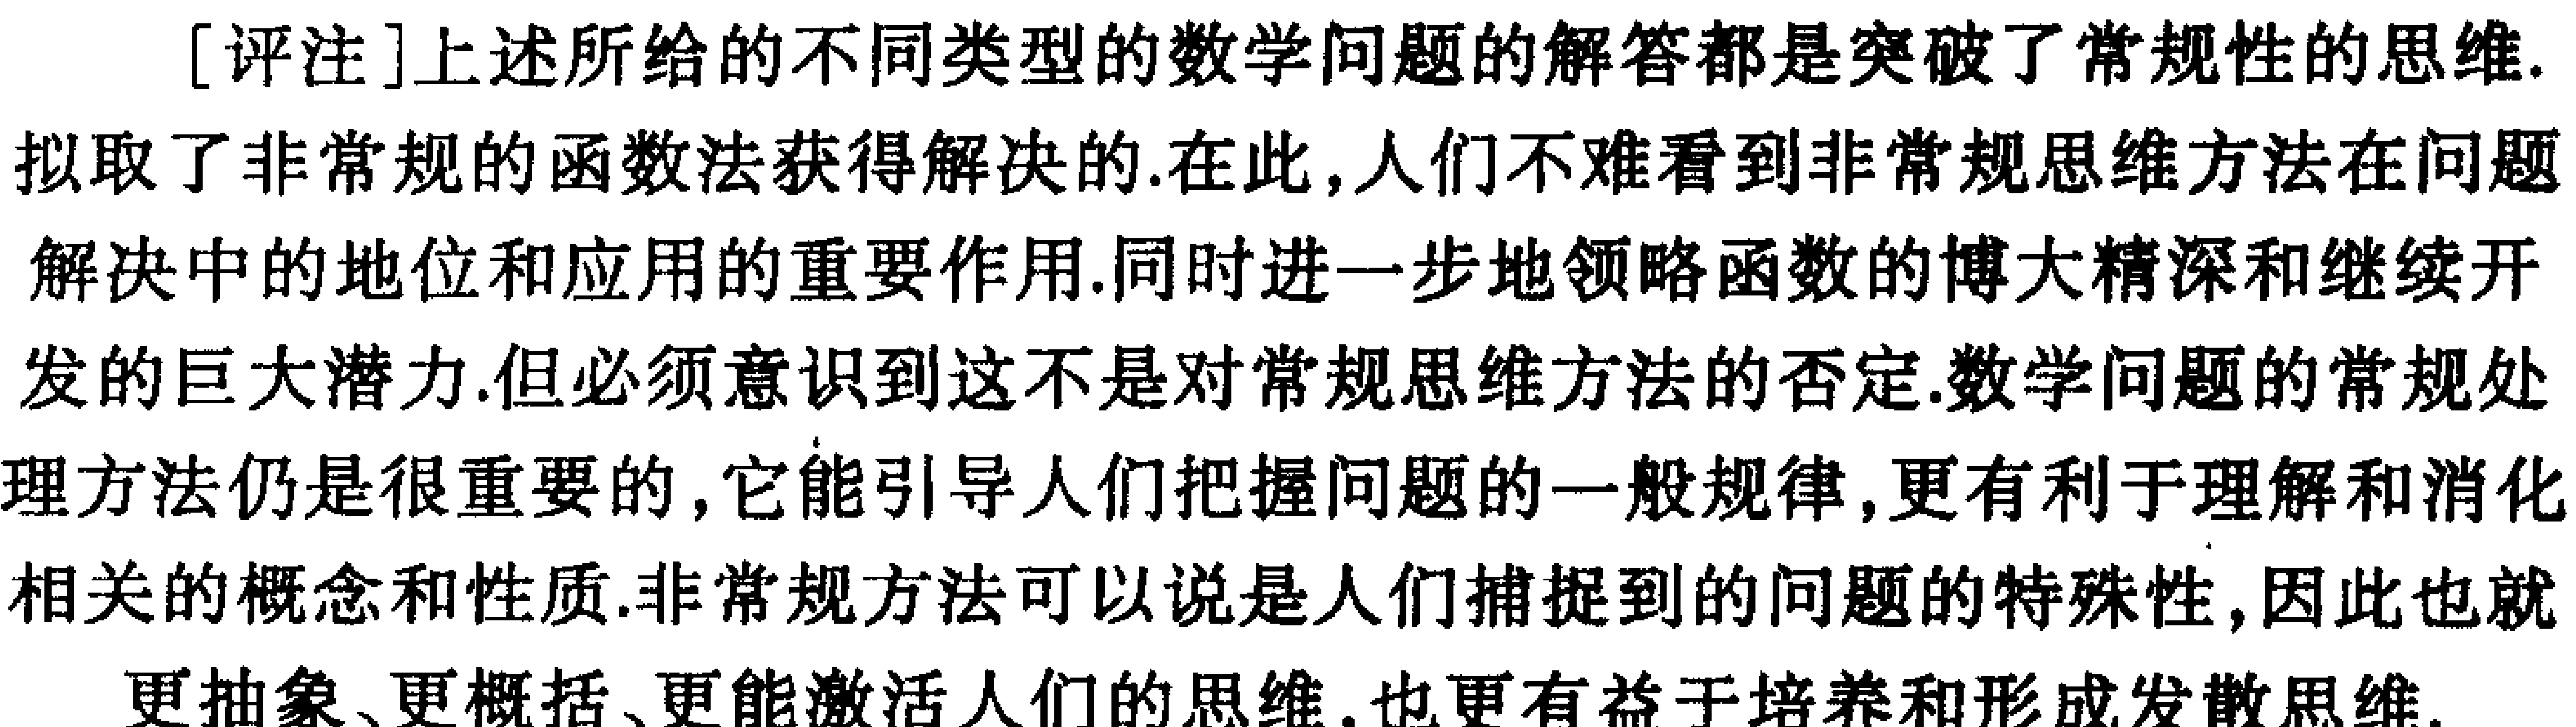
[评注]上述所给的不同类型的数学问题的解答都是突破了常规性的思维.拟取了非常规的函数法获得解决的.在此,人们不难看到非常规思维方法在问题解决中的地位和应用的重要作用.同时进一步地领略函数的博大精深和继续开发的巨大潜力.但必须意识到这不是对常规思维方法的否定.数学问题的常规处理方法仍是很重要的,它能引导人们把握问题的一般规律,更有利于理解和消化相关的概念和性质.非常规方法可以说是人们捕捉到的问题的特殊性,因此也就更抽象、更概括、更能激活人们的思维,也更有益于培养和形成发散思维.